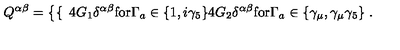
Q ^ { \alpha \beta } = \left\{ \begin{cases} { } & { { } 4 G _ { 1 } \delta ^ { \alpha \beta } \mathrm { f o r } \Gamma _ { a } \in \{ 1 , i \gamma _ { 5 } \} } \\ { } & { { } 4 G _ { 2 } \delta ^ { \alpha \beta } \mathrm { f o r } \Gamma _ { a } \in \{ \gamma _ { \mu } , \gamma _ { \mu } \gamma _ { 5 } \} } \\ \end{cases} \right. .